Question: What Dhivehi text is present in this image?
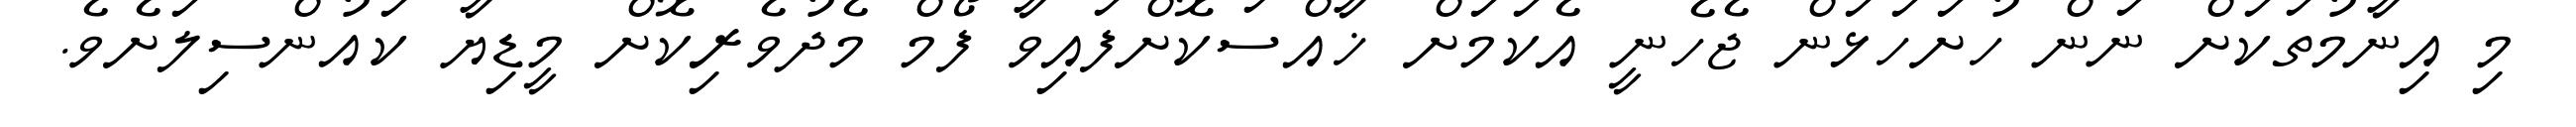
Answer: މި އިނާމުތަކަށް ނަން ހުށަހަޅަން ޖެހެނީ އެކަމަށް ޚާއްސަކޮށްފައިވާ ފޯމް މެދުވެރިކޮށް މީޑިޔާ ކައުންސިލަށެވެ.